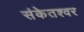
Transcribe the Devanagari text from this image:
संकेतश्वर